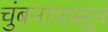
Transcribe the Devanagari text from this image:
चुंबनापासून